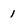
Character: 1